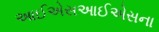
આઈએસઆઈએસના